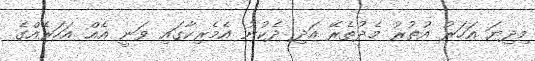
މިދިޔަ އަހަރު އުތުރު މެދުތެރޭ އަދި ދެކުނު އެމެރިކާގައި ވަނީ އެއް އަހަރެއްގެ